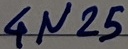
Text: 4N25